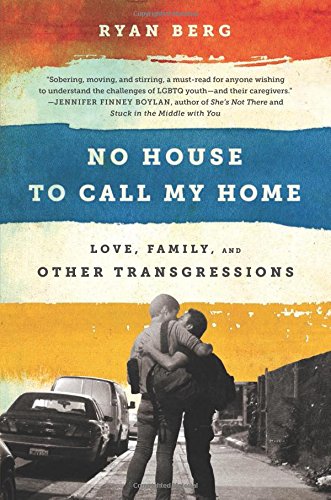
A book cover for No House to Call My Home: Love, Family, and Other Transgressions; Ryan Berg; Gay & Lesbian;